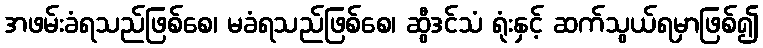
အဖမ်းခံရသည်ဖြစ်စေ၊ မခံရသည်ဖြစ်စေ၊ ဆွီဒင်သံ ရုံးနှင့် ဆက်သွယ်ရမှာဖြစ်၍